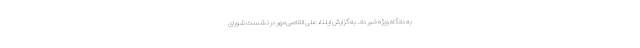
به دادگاه ویژه خبر داد. به گزارش ایلنا، علی القاصی‌مهر در نشست شورای